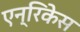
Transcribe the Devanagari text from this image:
एन्रिकेस